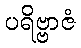
ပရိဗ္ဗာဇံ